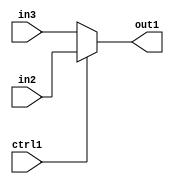
`timescale 1ps / 1ps
/*****************************************************************************
    Verilog RTL Description
    
    
    Created by: CellMath Designer 2019.1.01 
*******************************************************************************/

module DFT_compute_N_Mux_23_2_2_1 (
	in3,
	in2,
	ctrl1,
	out1
	); /* architecture "behavioural" */ 
input [22:0] in3,
	in2;
input  ctrl1;
output [22:0] out1;
wire [22:0] asc001;

reg [22:0] asc001_tmp_0;
assign asc001 = asc001_tmp_0;
always @ (ctrl1 or in2 or in3) begin
	case (ctrl1)
		1'B1 : asc001_tmp_0 = in2 ;
		default : asc001_tmp_0 = in3 ;
	endcase
end

assign out1 = asc001;
endmodule

/* CADENCE  uLP3SA8= : u9/ySgnWtBlWxVPRXgAZ4Og= ** DO NOT EDIT THIS LINE ******/